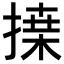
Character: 𢱴